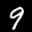
Label: 9